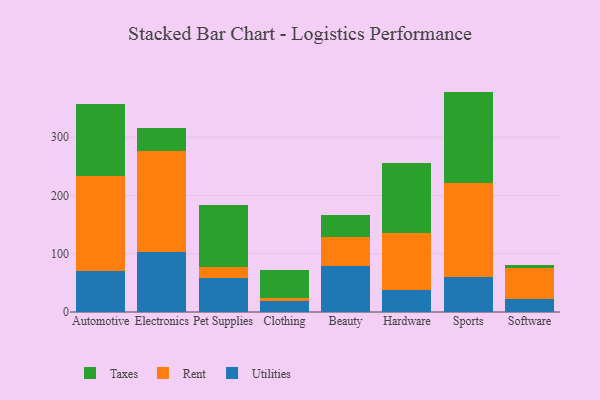
{"axis": {"x": "Category", "y": "Revenue (USD Million)"}, "legend": ["Rent", "Taxes", "Utilities"], "data": [{"x": "Automotive", "y": 70.9, "type": "Utilities"}, {"x": "Automotive", "y": 162.5, "type": "Rent"}, {"x": "Automotive", "y": 123.2, "type": "Taxes"}, {"x": "Electronics", "y": 102.4, "type": "Utilities"}, {"x": "Electronics", "y": 173.3, "type": "Rent"}, {"x": "Electronics", "y": 40.1, "type": "Taxes"}, {"x": "Pet Supplies", "y": 57.9, "type": "Utilities"}, {"x": "Pet Supplies", "y": 20.0, "type": "Rent"}, {"x": "Pet Supplies", "y": 105.0, "type": "Taxes"}, {"x": "Clothing", "y": 19.0, "type": "Utilities"}, {"x": "Clothing", "y": 5.7, "type": "Rent"}, {"x": "Clothing", "y": 47.7, "type": "Taxes"}, {"x": "Beauty", "y": 78.7, "type": "Utilities"}, {"x": "Beauty", "y": 49.7, "type": "Rent"}, {"x": "Beauty", "y": 38.9, "type": "Taxes"}, {"x": "Hardware", "y": 37.4, "type": "Utilities"}, {"x": "Hardware", "y": 98.2, "type": "Rent"}, {"x": "Hardware", "y": 120.6, "type": "Taxes"}, {"x": "Sports", "y": 59.9, "type": "Utilities"}, {"x": "Sports", "y": 161.9, "type": "Rent"}, {"x": "Sports", "y": 156.4, "type": "Taxes"}, {"x": "Software", "y": 21.5, "type": "Utilities"}, {"x": "Software", "y": 53.4, "type": "Rent"}, {"x": "Software", "y": 5.2, "type": "Taxes"}]}